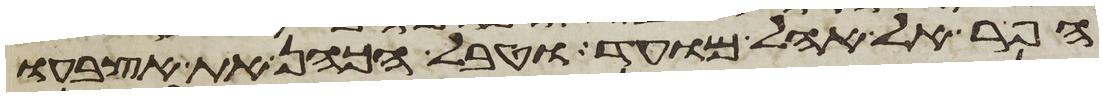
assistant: הפר אל אהל מועד וטבל הכהן את אצבעו